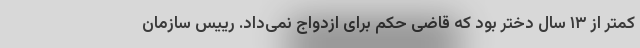
کمتر از ۱۳ سال دختر بود که قاضی حکم برای ازدواج نمی‌داد. رییس سازمان